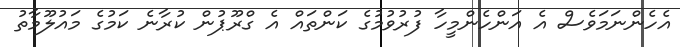
އެހެންނަމަވެސް އެ އަންހެންމީހާ ފުރުވުމުގެ ކަންތައް އެ ގްރޫޕުން ކުރާނެ ކަަމުގެ މައުލޫމާތު